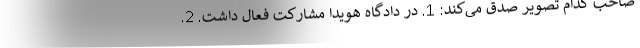
صاحب کدام تصویر صدق می‌کند: 1. در دادگاه هویدا مشارکت فعال داشت. 2.